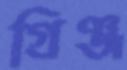
গ্রিঞ্জ